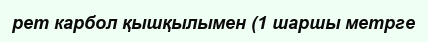
рет карбол қышқылымен (1 шаршы метрге